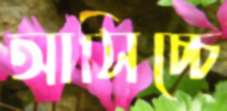
আসিচ্চে